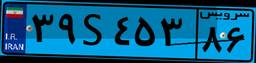
۳۹S۴۵۳۸۶